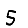
Digit: 5